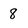
Character: 8